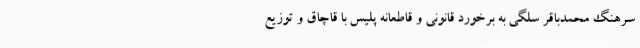
سرهنگ محمدباقر سلگی به برخورد قانونی و قاطعانه پلیس با قاچاق و توزیع